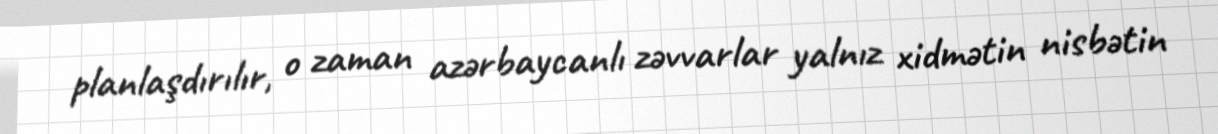
planlaşdırılır, o zaman azərbaycanlı zəvvarlar yalnız xidmətin nisbətin